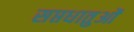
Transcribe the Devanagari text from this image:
सप्तधातुओं